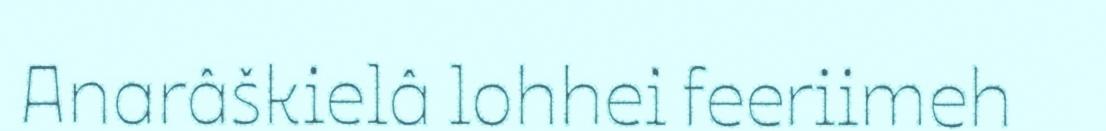
Anarâškielâ lohhei feeriimeh